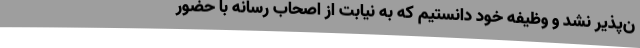
ن‌پذیر نشد و وظیفه خود دانستیم که به نیابت از اصحاب رسانه با حضور